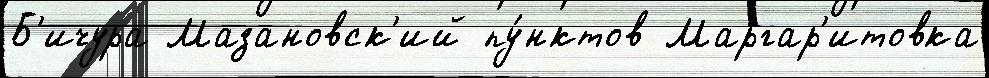
Б'ичура Мазановск'ий пу́нктов Маргар'итовка